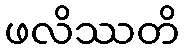
ဖလိဿတိ